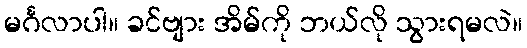
မင်္ဂလာပါ။ ခင်ဗျား အိမ်ကို ဘယ်လို သွားရမလဲ။